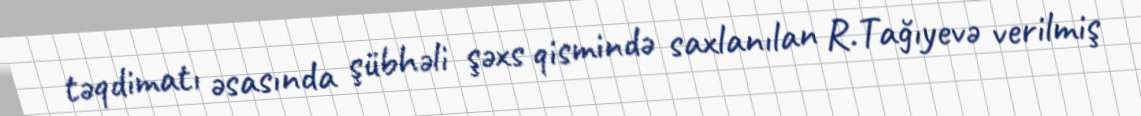
təqdimatı əsasında şübhəli şəxs qismində saxlanılan R.Tağıyevə verilmiş